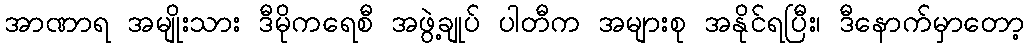
အာဏာရ အမျိုးသား ဒီမိုကရေစီ အဖွဲ့ချုပ် ပါတီက အများစု အနိုင်ရပြီး၊ ဒီနောက်မှာတော့